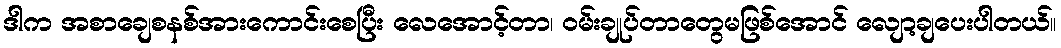
ဒါက အစာချေစနစ်အားကောင်းစေပြီး လေအောင့်တာ၊ ဝမ်းချုပ်တာတွေမဖြစ်အောင် လျော့ချပေးပါတယ်။